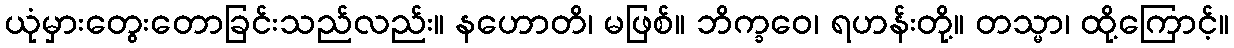
ယုံမှားတွေးတောခြင်းသည်လည်း။ နဟောတိ၊ မဖြစ်။ ဘိက္ခဝေ၊ ရဟန်းတို့။ တသ္မာ၊ ထို့ကြောင့်။